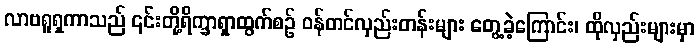
လာဗရူရှကာသည် ၎င်းတို့ရိက္ခာရှာထွက်စဉ် ဝန်တင်လှည်းတန်းများ တွေ့ခဲ့ကြောင်း၊ ထိုလှည်းများမှာ